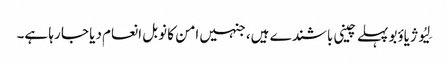
لِیُو ژیاؤبو پہلے چینی باشندے ہیں، جنہیں امن کا نوبل انعام دیا جا رہا ہے۔